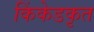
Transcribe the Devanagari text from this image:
किंकेडकृत